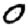
Digit: 0